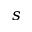
s